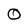
Character: O